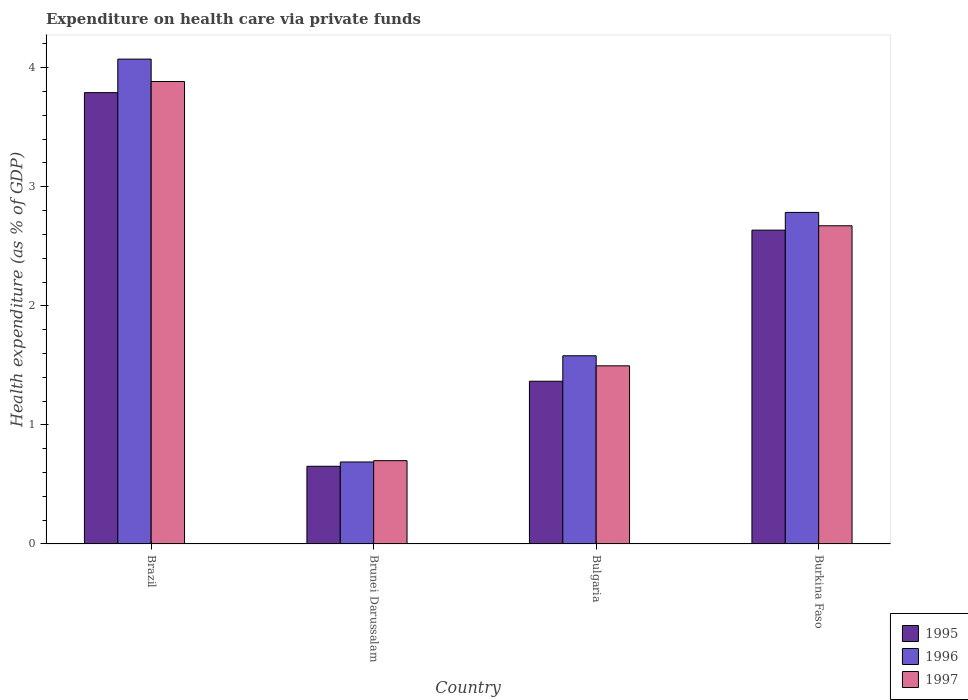
| Country | 1995 | 1996 | 1997 |
 | --- | --- | --- | --- |
 | Brazil | 3.79 | 4.07 | 3.88 |
 | Brunei Darussalam | 0.653 | 0.689 | 0.7 |
 | Bulgaria | 1.37 | 1.58 | 1.5 |
 | Burkina Faso | 2.64 | 2.78 | 2.67 |